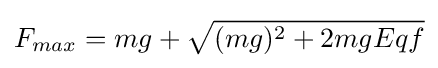
F_{max}=mg+{\sqrt {(mg)^{2}+2mgEqf}}